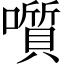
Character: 𡂒